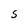
Character: S